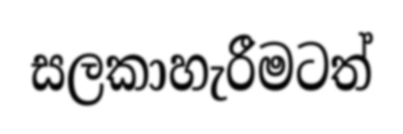
සලකාහැරීමටත්